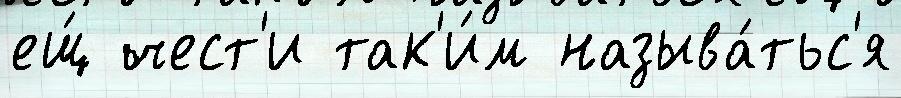
ещ́ чест'и так'и́м называ́тьс'я